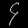
Digit: ၄